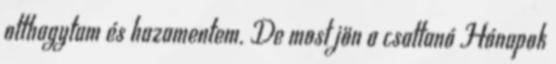
otthagytam és hazamentem. De most jön a csattanó Hónapok